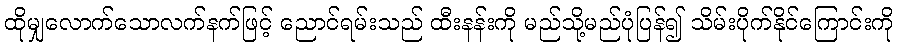
ထိုမျှလောက်သောလက်နက်ဖြင့် ညောင်ရမ်းသည် ထီးနန်းကို မည်သို့မည်ပုံပြန်၍ သိမ်းပိုက်နိုင်ကြောင်းကို